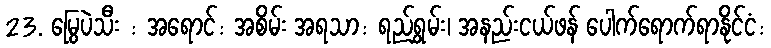
23. မြွေပဲသီး : အရောင်: အစိမ်း အရသာ: ရည်ရွှမ်း၊ အနည်းငယ်ဖန် ပေါက်ရောက်ရာနိုင်ငံ: